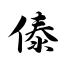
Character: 傣